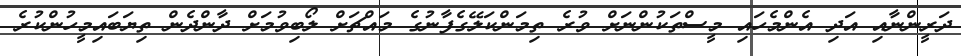
ދަރީންނާއި އަދި އެންމެހައި މީސްތަކުންނަށް ވުރެ ތިމަންކަލޭގެފާނުގެ މައްޗަށް ލޯބިވުމަށް ދާންދެން ތިޔަބައިމީހުންކުރެ